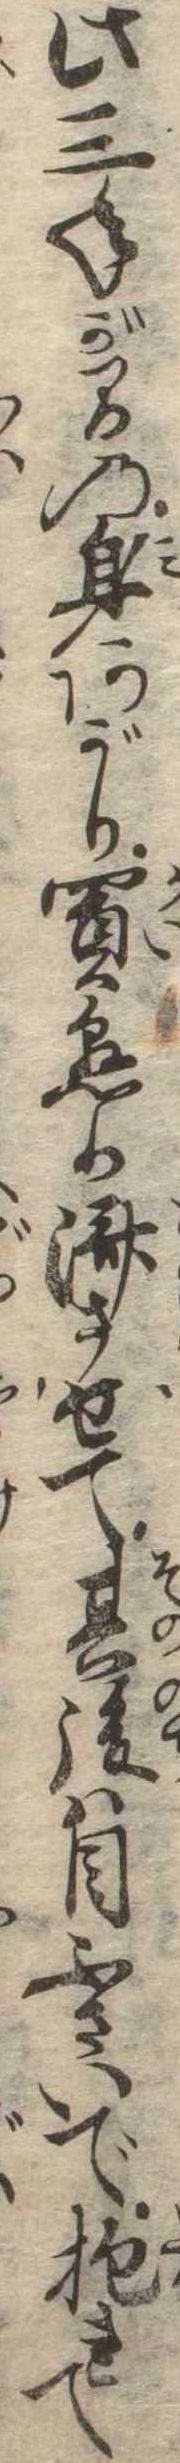
此三年が間の身あがり買懸り済させて其後は目ふさいで抱れて